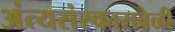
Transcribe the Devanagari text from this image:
अंत्यसंस्कारावेळी